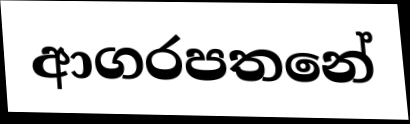
ආගරපතනේ